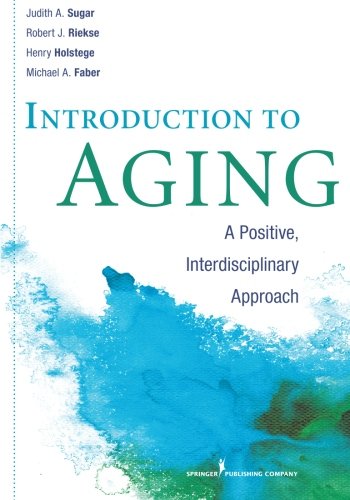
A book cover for Introduction to Aging: A Positive, Interdisciplinary Approach; Judith A. Sugar PhD; Politics & Social Sciences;